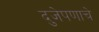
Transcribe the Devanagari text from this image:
दुजेपणाचे